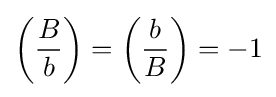
\left({\frac {B}{b}}\right)=\left({\frac {b}{B}}\right)=-1